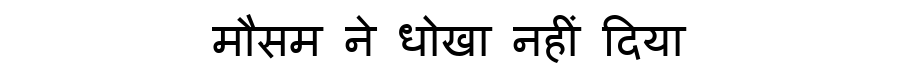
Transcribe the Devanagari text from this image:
मौसम ने धोखा नहीं दिया